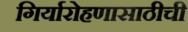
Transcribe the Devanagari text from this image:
गिर्यारोहणासाठीची